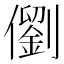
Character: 𪝵